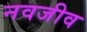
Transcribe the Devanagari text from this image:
नवजीव